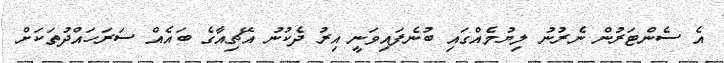
އެ ސެންޓަރުން ނެރުނު ލިޔުމެއްގައި ބުނެފައިވަނީ އިރު ދެކުނު އޭޗިއާގެ ބައެއް ސަރަހައްދުތަކަށް